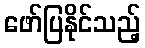
ဖော်ပြနိုင်သည့်